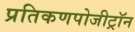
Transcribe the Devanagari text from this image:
प्रतिकणपोजीट्रॉन